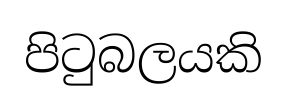
පිටුබලයකි